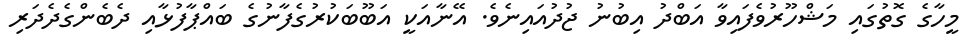
މީހާގެ ގޮތުގައި މަޝްހޫރުވެފައިވާ އަބްދު އިބުނު ޖުދުއައިނެވެ. އޭނާއަކީ އަބޫބަކުރުގެފާނުގެ ބައްޕާފުޅާއި ދެބެންގެދެދަރި